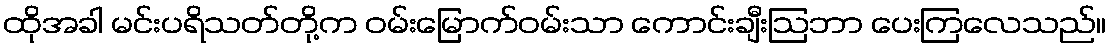
ထိုအခါ မင်းပရိသတ်တို့က ဝမ်းမြောက်ဝမ်းသာ ကောင်းချီးဩဘာ ပေးကြလေသည်။